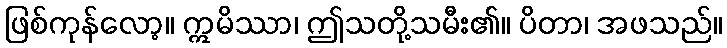
ဖြစ်ကုန်လော့။ ဣမိဿာ၊ ဤသတို့သမီး၏။ ပိတာ၊ အဖသည်။